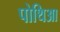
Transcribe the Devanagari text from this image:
पोथिआ